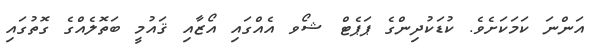
އަންނަ ކަމަކަށެވެ. ކުޑަކުދިންގެ ޕަޕެޓް ޝޯވ އެއްގައި އޯޒާއި ޤައުމީ ބަތޮލެއްގެ ގޮތުގައި